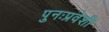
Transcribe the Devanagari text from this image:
पुनःप्रवेशी